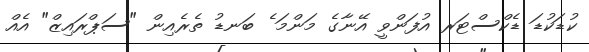
ކުޑަކުޑަ ޑެކްސްޓަރ އުފަންވީ އޭނާގެ މަންމަ ެ ބަނޑު ތެރެއިން "ސަޕްރައިޒް" އެއް